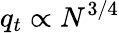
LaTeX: q_{t}\propto N^{3/4}